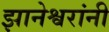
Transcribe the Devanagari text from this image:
झानेश्वरांनी